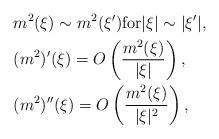
LaTeX: \begin{align*}&m^2(\xi) \sim m^2(\xi') \mbox{for} |\xi| \sim |\xi'|,\\&(m^2)'(\xi) = O\left(\frac{m^2(\xi)}{|\xi|}\right),\\&(m^2)''(\xi) = O\left(\frac{m^2(\xi)}{|\xi|^2}\right),\end{align*}